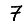
Digit: 7